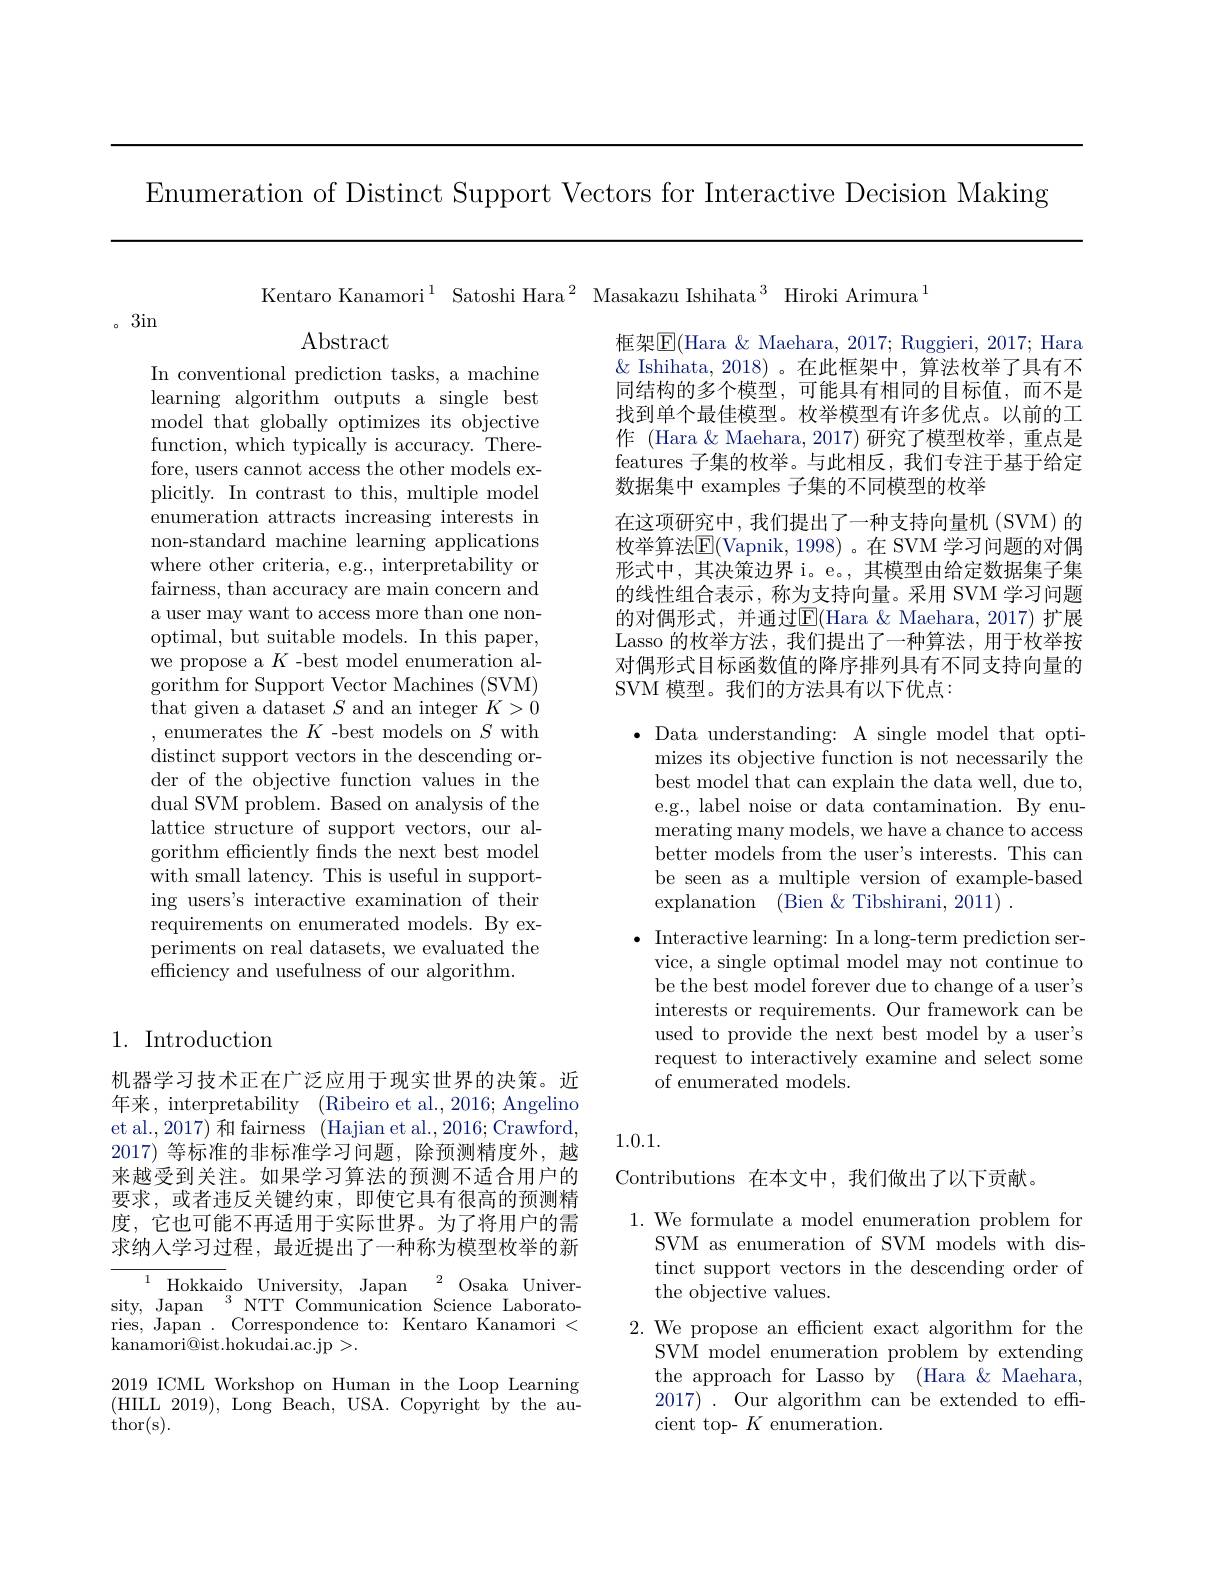
Enumeration of Distinct Support Vectors for Interactive Decision Making

Kentaro Kanamori$^1$ Satoshi Hara$^2$ Masakazu Ishihata$^3$ Hiroki Arimura$^1$

。3in

Abstract

框架$\boxed{\mathrm{E}}($Hara &Maehara, 2017; Ruggieri, 2017; Hara $\&$ Ishihata, 2018)。在此框架中，算法枚举了具有不同结构的多个模型，可能具有相同的目标值，而不是找到单个最佳模型。枚举模型有许多优点。以前的工作 (Hara &Maehara, 2017) 研究了模型枚举，重点是features 子集的枚举。与此相反，我们专注于基于给定数据集中 examples 子集的不同模型的枚举
在这项研究中，我们提出了一种支持向量机(SVM)的枚举算法$\mathbb{E}($Vapnik, 1998)。在 SVM 学习问题的对偶形式中，其决策边界 i。e。,其模型由给定数据集子集的线性组合表示，称为支持向量。采用 SVM 学习问题的对偶形式，并通过$\overline{\mathrm{E}}($Hara &Maehara, 2017) 扩展Lasso 的枚举方法，我们提出了一种算法，用于枚举按对偶形式目标函数值的降序排列具有不同支持向量的SVM 模型。我们的方法具有以下优点：

In conventional prediction tasks, a machine learning algorithm outputs a single best model that globally optimizes its objective function, which typically is accuracy. Therefore, users cannot access the other models explicitly. In contrast to this, multiple model enumeration attracts increasing interests in non-standard machine learning applications where other criteria, e.g., interpretability or fairness, than accuracy are main concern and a user may want to access more than one nonoptimal, but suitable models. In this paper, we propose a $K$ -best model enumeration algorithm for Support Vector Machines (SVM) that given a dataset $S$ and an integer $K>0$ , enumerates the $K$ -best models on $S$ with distinct support vectors in the descending order of the objective function values in the dual SVM problem. Based on analysis of the lattice structure of support vectors, our algorithm efficiently finds the next best model with small latency. This is useful in supporting users's interactive examination of their requirements on enumerated models. By experiments on real datasets, we evaluated the efficiency and usefulness of our algorithm.

$\bullet$ Data understanding: A single model that opti-
mizes its objective function is not necessarily the best model that can explain the data well, due to, e.g., label noise or data contamination. By enumerating many models, we have a chance to access better models from the user's interests. This can be seen as a multiple version of example-based explanation (Bien & Tibshirani, 2011) .
$\bullet$ Interactive learning: In a long-term prediction service, a single optimal model may not continue to be the best model forever due to change of a user's interests or requirements. Our framework can be used to provide the next best model by a user's request to interactively examine and select some of enumerated models.

## 1. Introduction

1.0.1.

机器学习技术正在广泛应用于现实世界的决策。近年来，interpretability (Ribeiro et al., 2016; Angelino et al.,2017) 和 fairness (Hajian et al.,2016; Crawford, 2017)等标准的非标准学习问题，除预测精度外，越来越受到关注。如果学习算法的预测不适合用户的要求，或者违反关键约束，即使它具有很高的预测精度，它也可能不再适用于实际世界。为了将用户的需求纳人学习过程，最近提出了一种称为模型枚举的新

Contributions 在本文中，我们做出了以下贡献。

${\overline{{^{1}}}}{\mathrm{Hokkai}}$do University, Japan$\:^2$Osaka University, Japan $^3$NTT Communication Science Laboratories, Japan . Correspondence to: Kentaro Kanamori < $\bar{\text{kanamori@ist.hokudai.ac.jp}}>.$

1. We formulate a model enumeration problem for
SVM as enumeration of SVM models with distinct support vectors in the descending order of the objective values.
2. We propose an efficient exact algorithm for the
SVM model enumeration problem by extending the approach for Lasso by (Hara $\&$ Maehara, 2017). Our algorithm can be extended to efficient top- $K$ enumeration.

2019 ICML Workshop on Human in the Loop Learning (HILL 2019), Long $\hat{\text{Beach,USA.Copyright}}$ by the au- ${\mathrm{thor(s).}}$